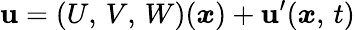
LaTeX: \boldsymbol{\mathbf{u}}=(U,\, V,\, W)(\boldsymbol{x})+\boldsymbol{\mathbf{u}}^{\prime}(\boldsymbol{x},\, t)